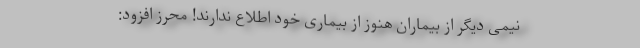
نیمی دیگر از بیماران هنوز از بیماری خود اطلاع ندارند! محرز افزود: